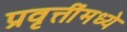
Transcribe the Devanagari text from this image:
प्रवृत्तींमध्ये